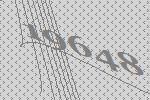
19648